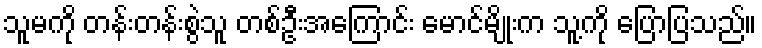
သူမကို တန်းတန်းစွဲသူ တစ်ဦးအကြောင်း မောင်မျိုးက သူ့ကို ပြောပြသည်။